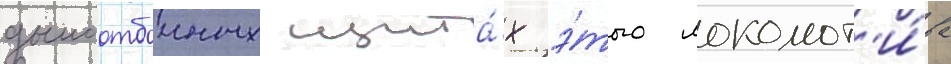
дымоотбоиных щита́х э́того локомот'и́ва